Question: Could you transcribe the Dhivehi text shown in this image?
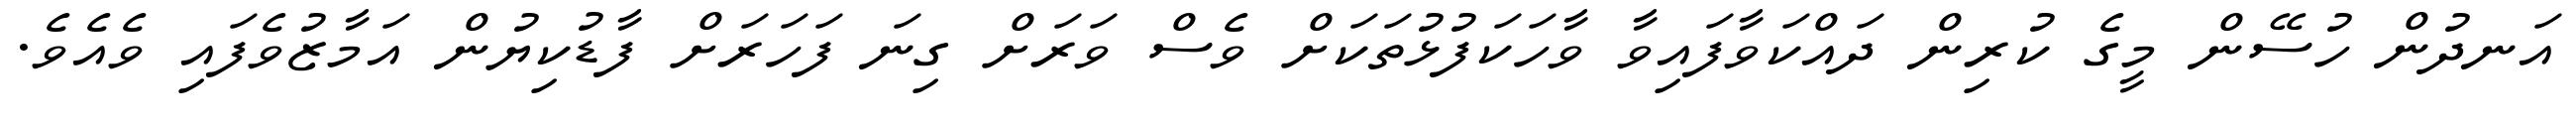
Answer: އަނދުން ހުސޭން މީގެ ކުރިން ދައްކަވާފައިވާ ވާހަކަފުޅުތަކަށް ވެސް ވަރަށް ގިނަ ފަހަރަށް ފާޑުކިޔުން އަމާޒުވެފައި ވެއެވެ.